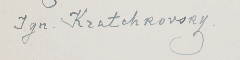
Ign. Kratchkovsky